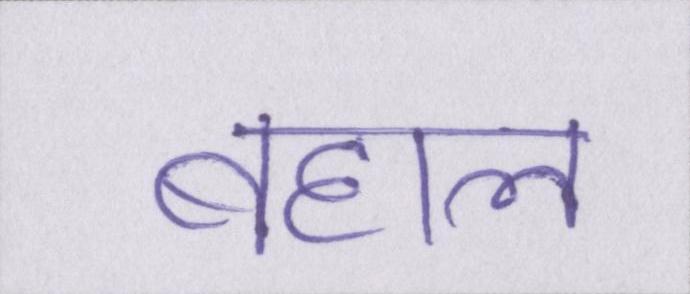
बहाल